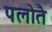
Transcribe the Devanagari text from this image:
पलोतै